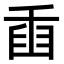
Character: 𦥫